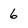
Character: 6